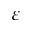
\varepsilon